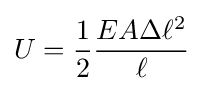
U={\frac {1}{2}}{\frac {EA\Delta \ell ^{2}}{\ell }}